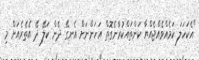
"އެކަހަލަ ކަމެއްވެއްޖެއްޔާ ކަންތައްކުރާނެގޮތް އަހަންނަށް އެނގޭ ދެން ކަލޭ ދޭ އެތެރެއަށް މި